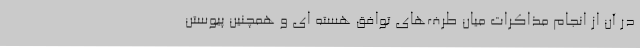
در آن از انجام مذاکرات میان طرف‌های توافق هسته ای و همچنین پیوستن